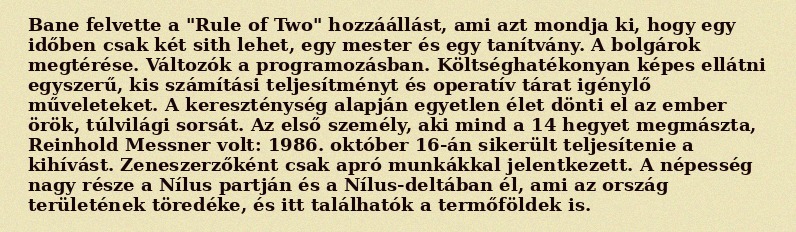
Bane felvette a "Rule of Two" hozzáállást, ami azt mondja ki, hogy egy időben csak két sith lehet, egy mester és egy tanítvány. A bolgárok megtérése. Változók a programozásban. Költséghatékonyan képes ellátni egyszerű, kis számítási teljesítményt és operatív tárat igénylő műveleteket. A kereszténység alapján egyetlen élet dönti el az ember örök, túlvilági sorsát. Az első személy, aki mind a 14 hegyet megmászta, Reinhold Messner volt: 1986. október 16-án sikerült teljesítenie a kihívást. Zeneszerzőként csak apró munkákkal jelentkezett. A népesség nagy része a Nílus partján és a Nílus-deltában él, ami az ország területének töredéke, és itt találhatók a termőföldek is.